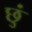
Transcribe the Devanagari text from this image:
छुं